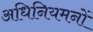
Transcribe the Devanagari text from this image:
अधिनियमनों